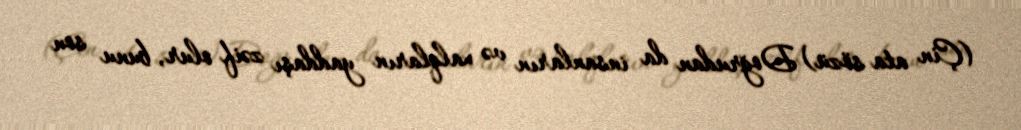
(Çin ata sözü) Doğrudan da insanların və xalqların yaddaşı zəif olur, bunu son